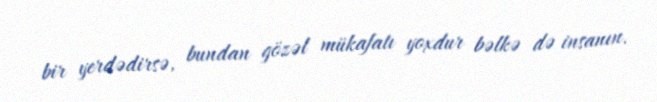
bir yerdədirsə, bundan gözəl mükafatı yoxdur bəlkə də insanın.